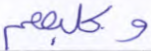
وكلبهم